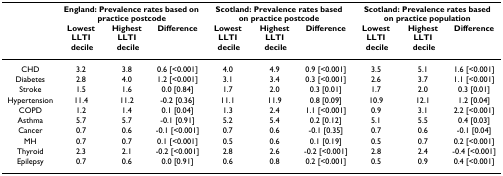
<table><thead><tr><td></td><td colspan="3"><b>England: Prevalence rates based on practice postcode</b></td><td colspan="3"><b>Scotland: Prevalence rates based on practice postcode</b></td><td colspan="3"><b>Scotland: Prevalence rates based on practice population</b></td></tr><tr><td></td><td><b>LowestLLTI decile</b></td><td><b>HighestLLTI decile</b></td><td><b>Difference</b></td><td><b>LowestLLTI decile</b></td><td><b>HighestLLTI decile</b></td><td><b>Difference</b></td><td><b>LowestLLTI decile</b></td><td><b>HighestLLTI decile</b></td><td><b>Difference</b></td></tr></thead><tbody><tr><td>CHD</td><td>3.2</td><td>3.8</td><td>0.6 [&lt;0.001]</td><td>4.0</td><td>4.9</td><td>0.9 [&lt;0.001]</td><td>3.5</td><td>5.1</td><td>1.6 [&lt;0.001]</td></tr><tr><td>Diabetes</td><td>2.8</td><td>4.0</td><td>1.2 [&lt;0.001]</td><td>3.1</td><td>3.4</td><td>0.3 [&lt;0.001]</td><td>2.6</td><td>3.7</td><td>1.1 [&lt;0.001]</td></tr><tr><td>Stroke</td><td>1.5</td><td>1.6</td><td>0.0 [0.84]</td><td>1.7</td><td>2.0</td><td>0.3 [0.01]</td><td>1.7</td><td>2.0</td><td>0.3 [0.01]</td></tr><tr><td>Hypertension</td><td>11.4</td><td>11.2</td><td>-0.2 [0.36]</td><td>11.1</td><td>11.9</td><td>0.8 [0.09]</td><td>10.9</td><td>12.1</td><td>1.2 [0.04]</td></tr><tr><td>COPD</td><td>1.2</td><td>1.4</td><td>0.1 [0.04]</td><td>1.3</td><td>2.4</td><td>1.1 [&lt;0.001]</td><td>0.9</td><td>3.1</td><td>2.2 [&lt;0.001]</td></tr><tr><td>Asthma</td><td>5.7</td><td>5.7</td><td>-0.1 [0.91]</td><td>5.2</td><td>5.4</td><td>0.2 [0.12]</td><td>5.1</td><td>5.5</td><td>0.4 [0.03]</td></tr><tr><td>Cancer</td><td>0.7</td><td>0.6</td><td>-0.1 [&lt;0.001]</td><td>0.7</td><td>0.6</td><td>-0.1 [0.35]</td><td>0.7</td><td>0.6</td><td>-0.1 [0.04]</td></tr><tr><td>MH</td><td>0.7</td><td>0.7</td><td>0.1 [&lt;0.001]</td><td>0.5</td><td>0.6</td><td>0.1 [0.19]</td><td>0.5</td><td>0.7</td><td>0.2 [&lt;0.001]</td></tr><tr><td>Thyroid</td><td>2.3</td><td>2.1</td><td>-0.2 [&lt;0.001]</td><td>2.8</td><td>2.6</td><td>-0.2 [&lt;0.001]</td><td>2.8</td><td>2.4</td><td>-0.4 [&lt;0.001]</td></tr><tr><td>Epilepsy</td><td>0.7</td><td>0.6</td><td>0.0 [0.91]</td><td>0.6</td><td>0.8</td><td>0.2 [&lt;0.001]</td><td>0.5</td><td>0.9</td><td>0.4 [&lt;0.001]</td></tr></tbody></table>